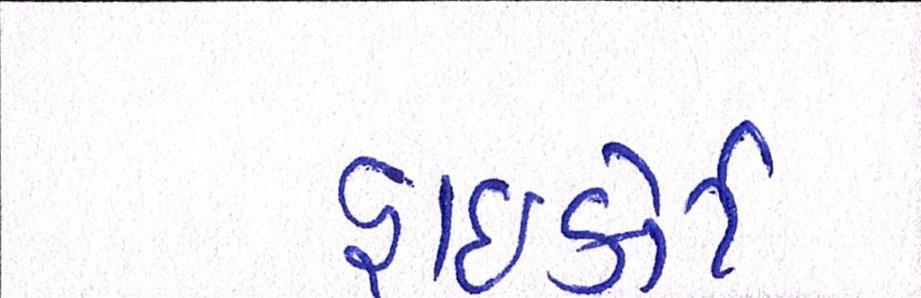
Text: હાઈકોર્ટ